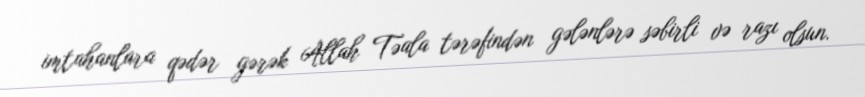
imtahanlara qədər gərək Allah Təala tərəfindən gələnlərə səbirli və razı olsun.